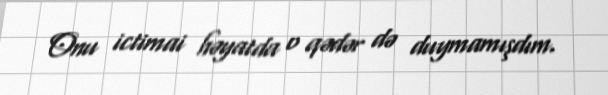
Onu ictimai həyatda o qədər də duymamışdım.